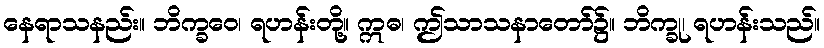
နေရာသနည်း။ ဘိက္ခဝေ၊ ရဟန်းတို့။ ဣဓ၊ ဤသာသနာတော်၌။ ဘိက္ခု၊ ရဟန်းသည်။